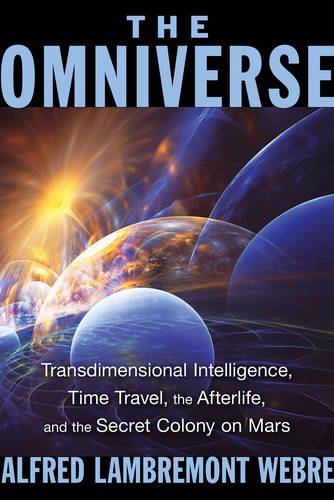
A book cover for The Omniverse: Transdimensional Intelligence, Time Travel, the Afterlife, and the Secret Colony on Mars; Alfred Lambremont Webre; Science & Math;